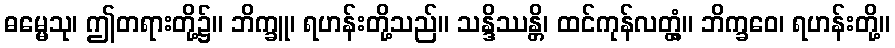
ဓမ္မေသု၊ ဤတရားတို့၌။ ဘိက္ခူ၊ ရဟန်းတို့သည်။ သန္ဒိဿန္တိ၊ ထင်ကုန်လတ္တံ့။ ဘိက္ခဝေ၊ ရဟန်းတို့။